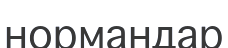
нормандар